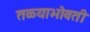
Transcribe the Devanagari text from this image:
तळ्याभोवती